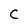
Character: C